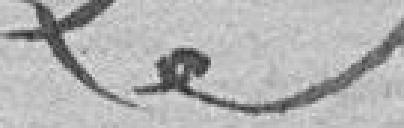
Le